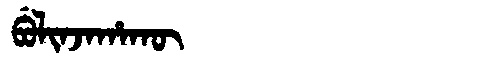
Manchu: ᠪᡠᠯᡳᠨᠵᠠᡥᠠᡴᡡ
Romanization: BULINJAHAKŪ